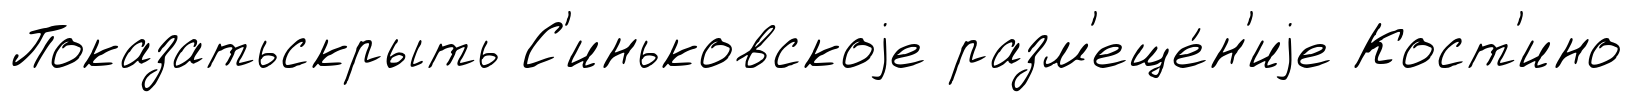
Показатьскрыть С'иньковскоjе разм'еще́н'иjе Кост'ино